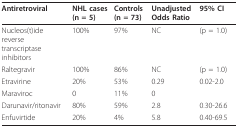
<table><thead><tr><td><b>Antiretroviral</b></td><td><b>NHL cases (n = 5)</b></td><td><b>Controls (n = 73)</b></td><td><b>Unadjusted Odds Ratio</b></td><td><b>95% CI</b></td></tr></thead><tbody><tr><td>Nucleos(t)ide reverse transcriptase inhibitors</td><td>100%</td><td>97%</td><td>NC</td><td>(p = 1.0)</td></tr><tr><td>Raltegravir</td><td>100%</td><td>86%</td><td>NC</td><td>(p = 1.0)</td></tr><tr><td>Etravirine</td><td>20%</td><td>53%</td><td>0.29</td><td>0.02-2.0</td></tr><tr><td>Maraviroc</td><td>0</td><td>11%</td><td>0</td><td>[EMPTY_CELL]</td></tr><tr><td>Darunavir/ritonavir</td><td>80%</td><td>59%</td><td>2.8</td><td>0.30-26.6</td></tr><tr><td>Enfuvirtide</td><td>20%</td><td>4%</td><td>5.8</td><td>0.40-69.5</td></tr></tbody></table>